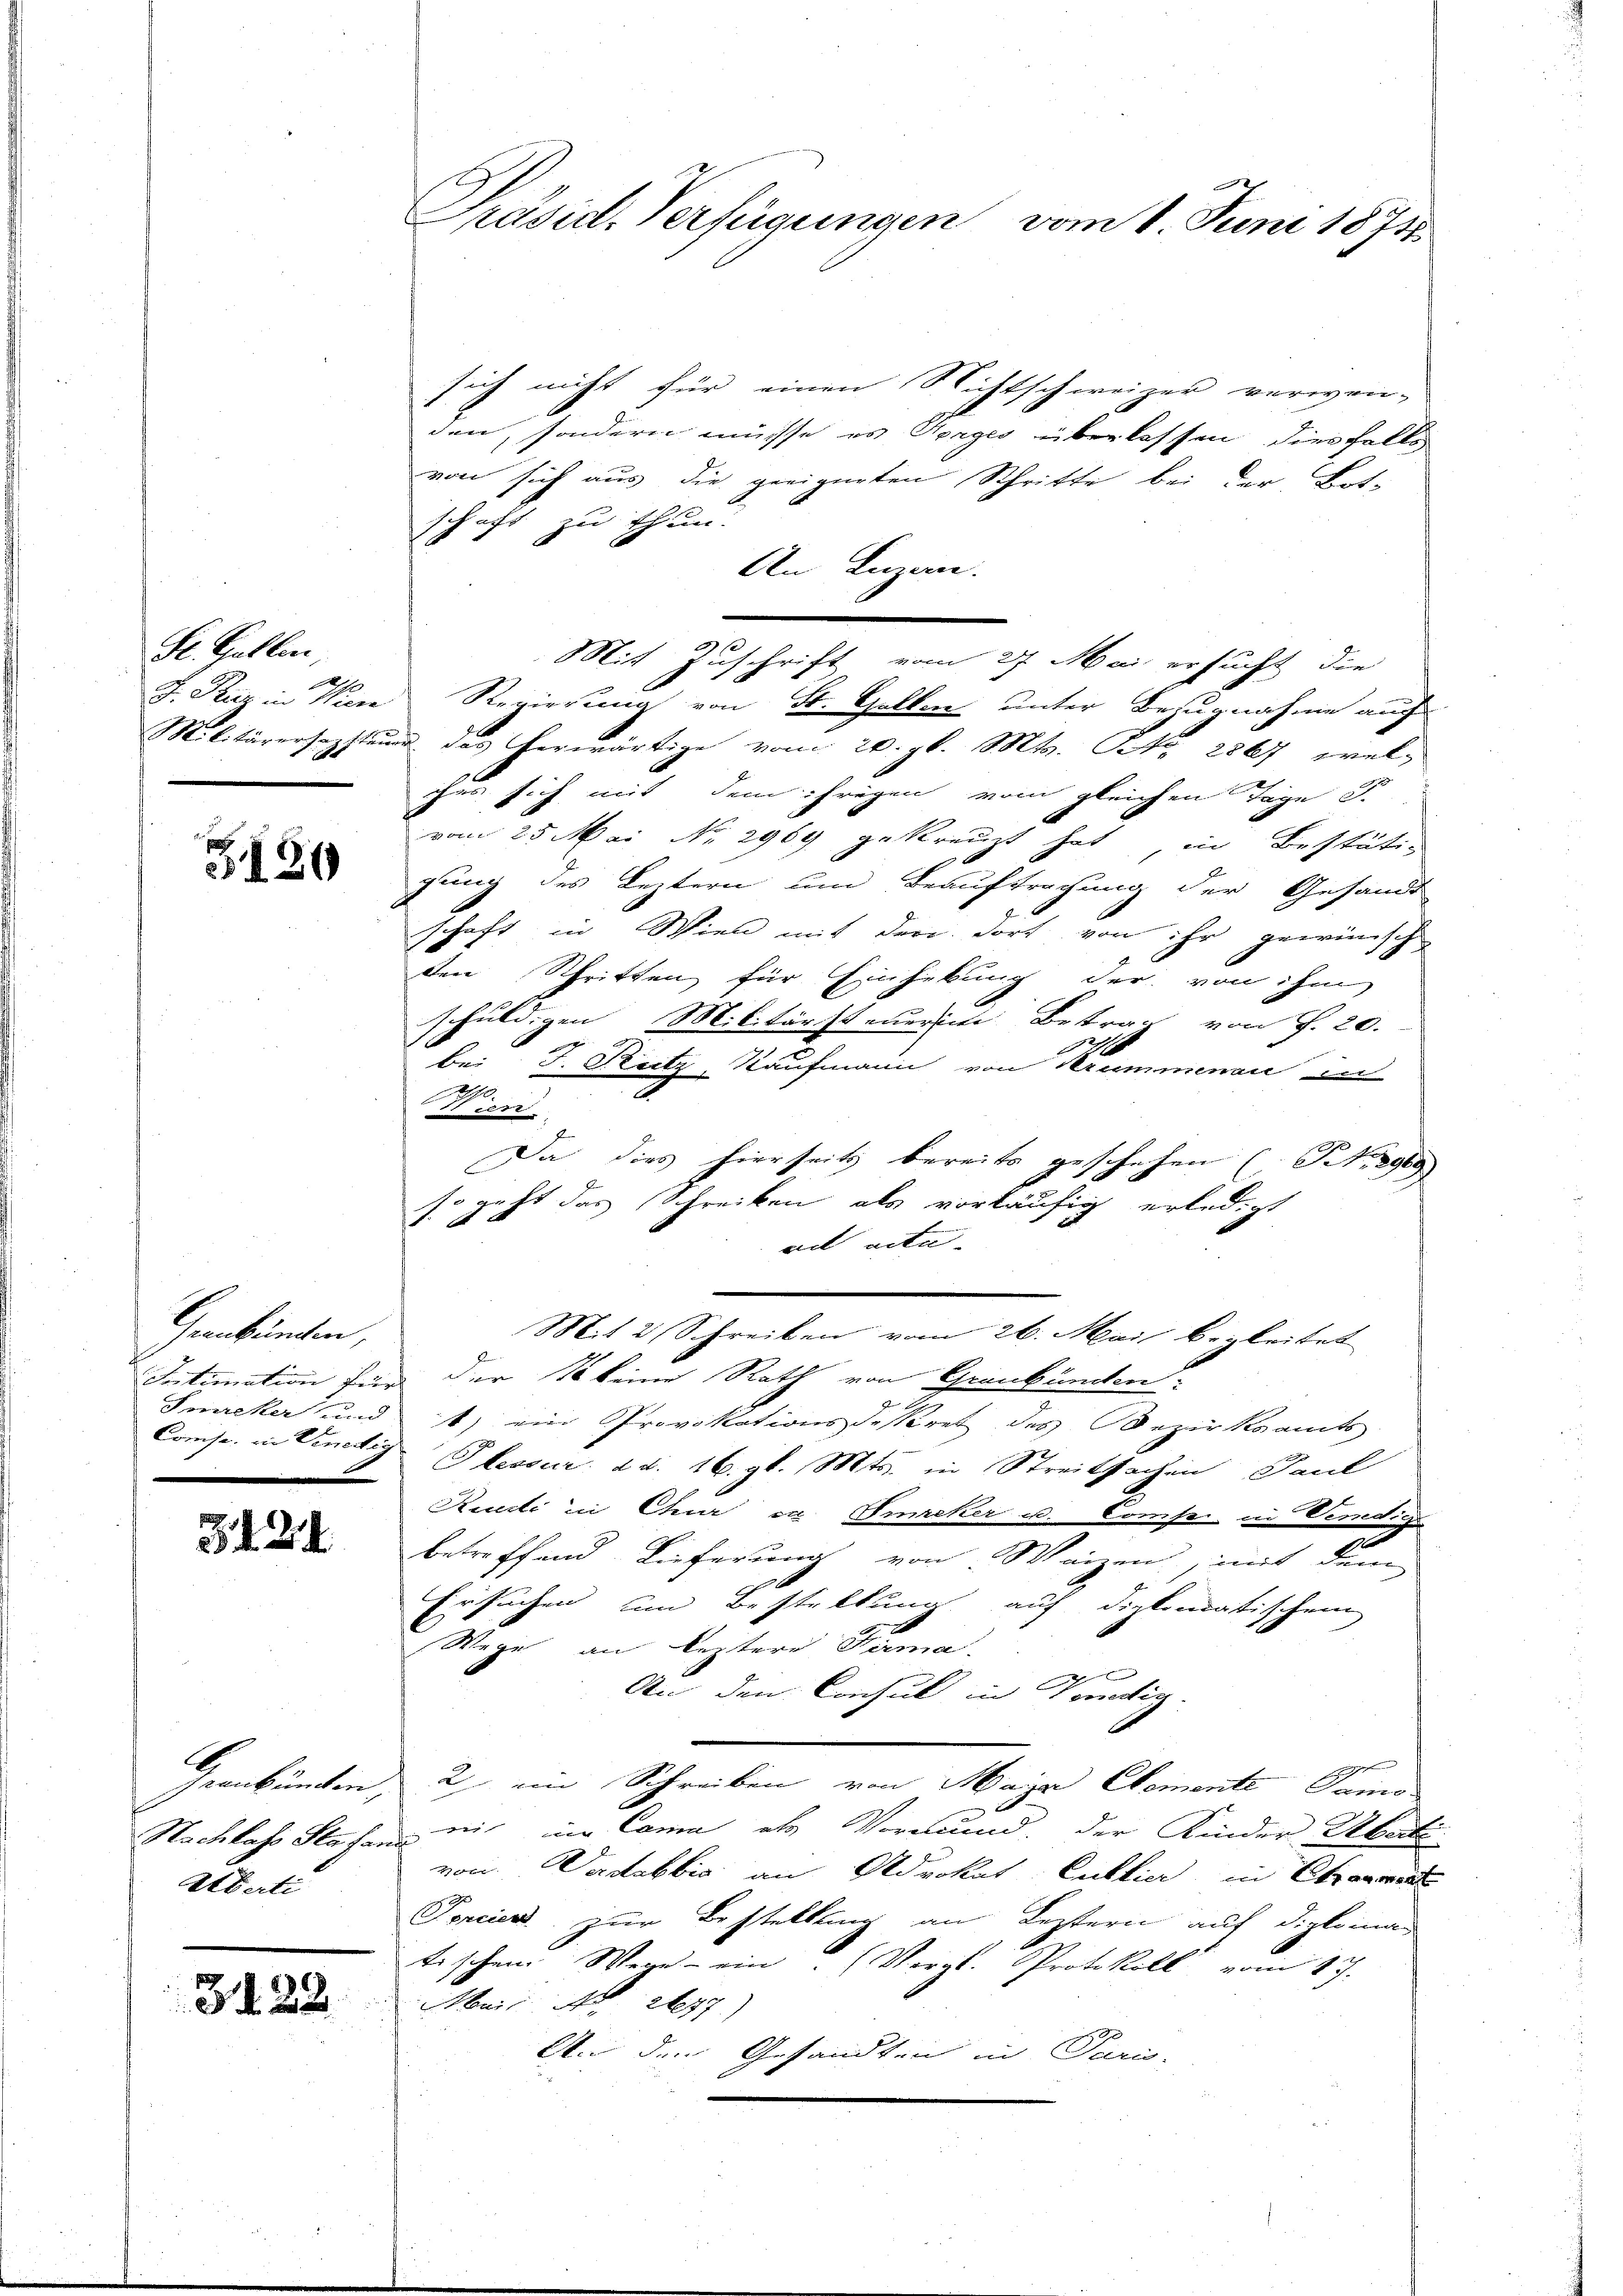
St. Gallen,
1

G130

Graubünden,
Sutimation für
Comise in Venedig
u

3. d. 24

Nachlass Stefand
Ubati

3422

sich nicht für einen Nichtschweizer verwen-
den, sondern müsse es Aerges überlassen, diesfalls
von sich aus die geeigneten Schritte bei der Bot-
schaft zu thun.
An Luzern.
Mit Zuschrift vom 27. Mai ersucht die
d. Kur in Wien Regierung von St. Gallen unter Bezugnahme auch
Militärersepfland des herwärtige vom 20. gl. Mts. S. 2867, welihes sich mit dem ihrigen vom gleichen Tage S.
vom 25. Mai No 2969 gekreuzt hat in Bestätig
gung des Leztern um Beauftragung der Gesandt
schaft in Wien mit der dort von ihr gewünsch
den Schritten für Einhebung der von ihm
schuldigen Militärsteueren Betrag von f. 20.
be. D. Reitz, Kaufmann von Krummenen in
2110.
t
11 24
Da dies hierseits bereits geschehen (S. 2969
so recht das Schreiben als vorläufig erledigt
1. A.
ad acta- |
Mit 2 Schreiben vom 26. Mai begleitet
der 18 keine Rath von Graubünden.
Sicker und 1) ein Provokationsdekret des Bezirksammts
Plessur d. d. 16. gl. Mts. in Streitsachen Paul
Rudi in Chur zu Imacker u. Conser in Vendige
betreffend Lieferung von Weizen, mit dem
Ersuchen um Bestellung auf diplomatischen
Wege an leztere Firma.
An den Consul in Venedig
Geankünden, 2 ein Schreiben von Mayr Comente Samo
nit in Coma als Vormund. Der Kinder Überti
voci. Wardabbia an Advokat Cuttier in Cramente
Foncier zur Bestellung an Leztern auf diploman
tischem Wege ein Voral. Protokoll vom 17.
Mai A 277)
An den Gesandten in Paris-

1
Präsid. Verfügungen vom 1. Juni 1873.